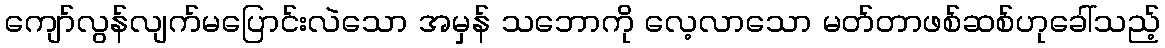
ကျော်လွန်လျက်မပြောင်းလဲသော အမှန် သဘောကို လေ့လာသော မတ်တာဖစ်ဆစ်ဟုခေါ်သည့်